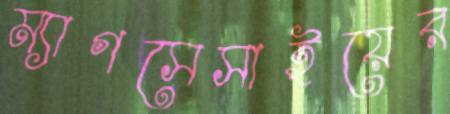
ম্যাগসেসাইয়ের